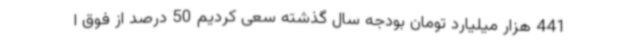
441 هزار میلیارد تومان بودجه سال گذشته سعی کردیم 50 درصد از فوق ا